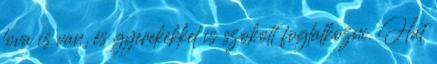
lova is van, és gyerekekkel is szokott foglalkozni. Hát